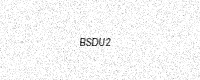
Text: BSDU2